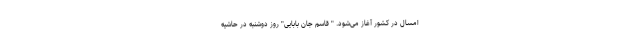
امسال در کشور آغاز می‌شود. " قاسم جان بابایی" روز دوشنبه در حاشیه